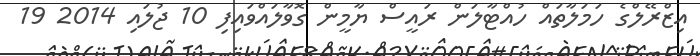
އިޒްރޭލްގެ ހަމަލާތައް ހުއްޓާލަން ރައީސް ޔާމީން ގޮވާލައްވައިފި 10 ޖުލައި 2014 19